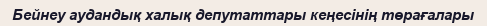
Бейнеу аудандық халық депутаттары кеңесінің төрағалары